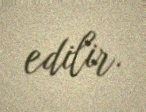
edilir.